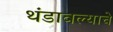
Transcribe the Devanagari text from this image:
थंडावल्याचे